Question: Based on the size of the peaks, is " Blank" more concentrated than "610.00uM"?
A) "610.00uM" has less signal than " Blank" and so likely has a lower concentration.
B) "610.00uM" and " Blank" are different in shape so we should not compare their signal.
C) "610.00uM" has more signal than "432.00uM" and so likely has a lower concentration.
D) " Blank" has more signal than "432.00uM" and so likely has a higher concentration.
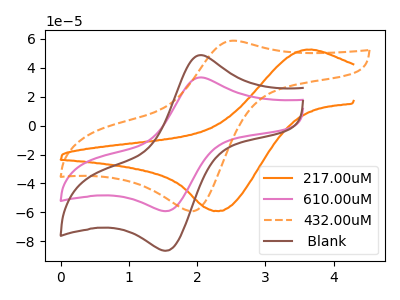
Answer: <think>The orange curve "217.00uM" has an anodic peak at (3.60V, 52.55uA) and a cathodic peak at (2.30V, -59.05uA). The pink curve "610.00uM" has an anodic peak at (2.05V, 33.30uA) and a cathodic peak at (1.55V, -59.20uA). The orange dashed curve "432.00uM" has an anodic peak at (2.55V, 58.80uA) and a cathodic peak at (1.95V, -59.15uA). The brown curve " Blank" has an anodic peak at (2.05V, 48.70uA) and a cathodic peak at (1.55V, -86.60uA).
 All the peaks in "610.00uM" have a peak in " Blank" at the same potential. Every peak in "610.00uM" is lower than every peak in " Blank".</think>
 <answer>A) "610.00uM" has less signal than " Blank" and so likely has a lower concentration.</answer>
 <eval>A</eval>